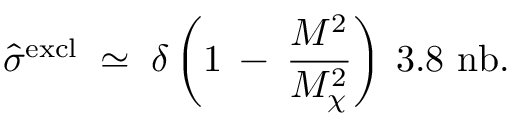
\hat { \sigma } ^ { \mathrm { e x c l } } \; \simeq \; \delta \left( 1 \: - \: \frac { M ^ { 2 } } { M _ { \chi } ^ { 2 } } \right) \: 3 . 8 ~ \mathrm { n b } .